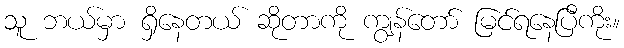
သူ ဘယ်မှာ ရှိနေတယ် ဆိုတာကို ကျွန်တော် မြင်ရနေပြီကိုး။